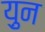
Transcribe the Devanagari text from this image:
य़ुन